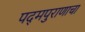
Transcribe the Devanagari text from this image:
पद्‌मपुराणाचा